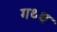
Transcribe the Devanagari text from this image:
गथ्थ